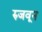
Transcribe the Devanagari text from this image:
रुजवून